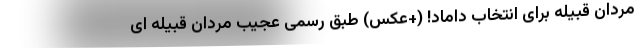
مردان قبیله برای انتخاب داماد! (+عکس) طبق رسمی عجیب مردان قبیله ای